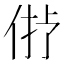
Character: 𠉝